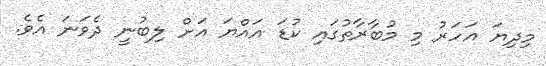
މިދިޔަ އަހަރު މި މުބާރާތުގައި ކުޑަ އައްޔަ އަށް ލިބުނީ ދެވަނަ އެވެ.